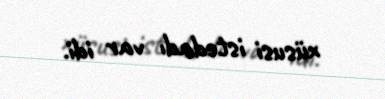
xüsusi istedadı var idi.